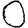
Digit: 0